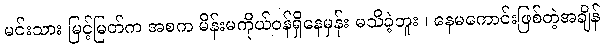
မင်းသား မြင့်မြတ်က အစက မိန်းမကိုယ်ဝန်ရှိနေမှန်း မသိခဲ့ဘူး ၊ နေမကောင်းဖြစ်တဲ့အချိန်